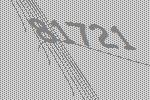
81721